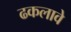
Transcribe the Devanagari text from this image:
ढकलावे